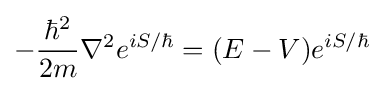
-{\frac {{\hbar }^{2}}{2m}}{\nabla }^{2}{e^{iS/{\hbar }}}=(E-V)e^{iS/{\hbar }}